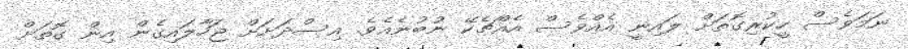
ނަމަވެސް ހީކުރިގޮތަށް ލައިނީ އެއްވެސް އެއްޗެކޭ ނުބުނެއެވެ. އިސްދަށަށް ޖަހާލައިގެން އިން ގޮތަށް